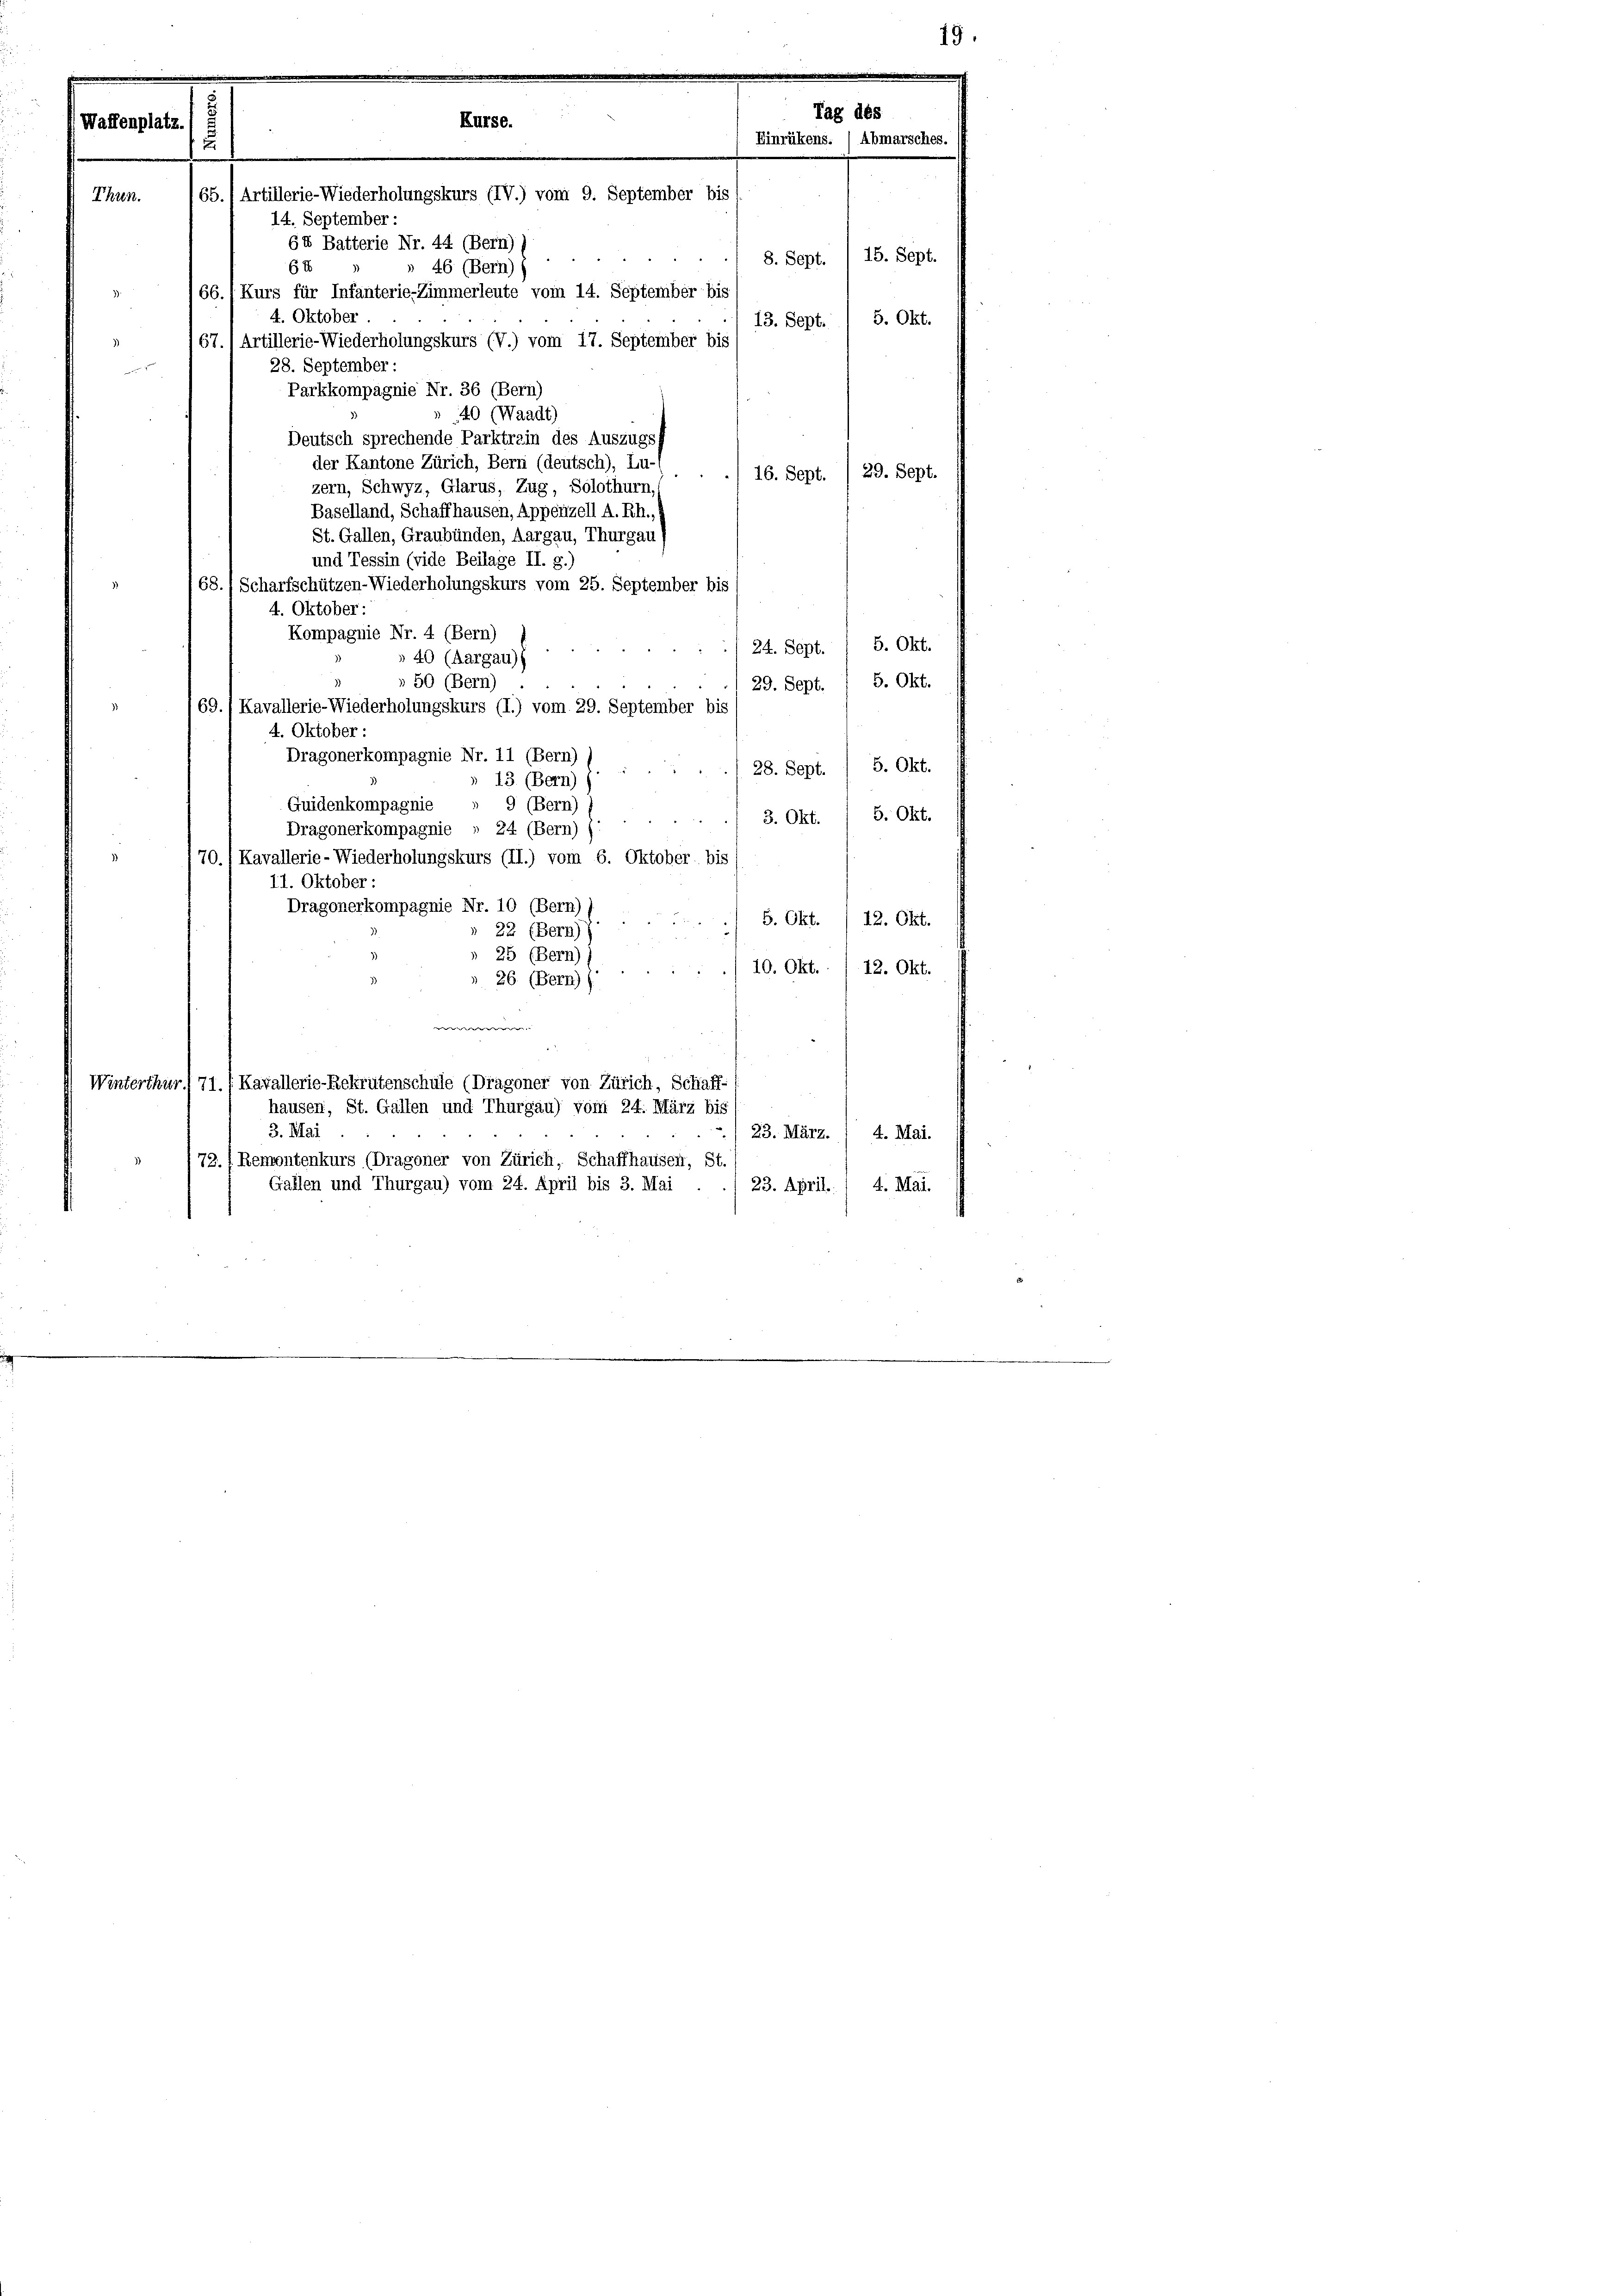
Waffenplatz
1
Thun.
14. September :
64
4. Oktober
)
28. September:
r
der Kantone Zürich, Bern (deutsch), Lu-
16. Sept. /29. Sept.
zern, Schwyz, Glarus, Zug, Solothurn, s
Baselland, Schaffhausen, Appenzell A. Rh.,
St. Gallen, Graubünden, Aargau, Thurgau
und Tessin (vide Beilage II. g.)
68.) Scharfschützen-Wiederholungskurs vom 25. September bis
4. Oktober:
Kompagnie Nr. 4 (Bern)
) 24. Sept. / 5. Okt.
40 (Aargau))
» 50 (Bern)
29. Sept. 1 5. Okt.
69./ Kavallerie-Wiederholungskurs (I.) vom 29. September bis
4. Oktober:
Dragonerkompagnie Nr. 11 (Bern)
5. Okt.
28. Sept.
13 (Bern))
Guidenkompagnie
9 (Bern)
5. Okt.
3. Okt.
Dragonerkompagnie » 24 (Bern)
170. / Kavallerie-Wiederholungskurs (II.) vom 6. Oktober, bis
11. Oktober:
Dragonerkompagnie Nr. 10 (Bern) )
 5. Okt. /12. Okt.
22 (Bern)
» 25 (Bern)
10. Okt. /12. Okt.
» 26 (Bern)
e
Winterthur 1 71. /Kavallerie-Rekrutenschule (Dragoner von Zürich, Schaff-
hausen, St. Gallen und Thurgau) vom 24. März bis
3. Mai
23. März. / 4. Mai.
173. (Remontenkurs (Dragoner von Zürich, Schaffhausen, St.
Gallen und Thurgau) vom 24. April bis 3. Mai
23. April. 1 4. Mai.

Tag des
Kurse.
Einrükens. / Abmarsches.
165. 1 Artillerie-Wiederholungskurs (IV.) vom 9. September bis
64 Batterie Nr. 44 (Bern) s
46 (Bern))
66./Kurs für Infanterie-Zimmerleute vom 14. September bis
5. Okt.
13. Sept.
67.) Artillerie-Wiederholungskurs (V.) vom 17. September bis
Parkkompagnie Nr. 36 (Bern)
40 (Waadt)
Deutsch sprechende Parktrain des Auszugsf

8. Sept. / 15. Sept.